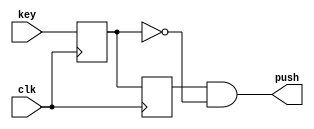
`timescale 1ns / 1ps

//============= PUSH KEY ===================

module push_key
(
    input clk,
    input key,
    output push
);

reg key_sync, key_prev;

always @(posedge clk)
begin
    key_sync <= key;
    key_prev <= key_sync;
end

assign push = key_prev & ~key_sync;

endmodule


//=============== LEDS ==================

module led2seq_simple
(
    input num,
    output seq
);

assign seq = num;

endmodule


module led2seq 
(
    input [7:0] num,
    output [7:0] seq
);

assign seq = num;

endmodule


// ================== 7SEGM ================
module num2seq 
(
    input [3:0] num,
    output [6:0] seq
);

assign seq =    num == 4'h0  ? 7'b1000000 :
                num == 4'h1  ? 7'b1111001 :
                num == 4'h2  ? 7'b0100100 :
                num == 4'h3  ? 7'b0110000 :
                num == 4'h4  ? 7'b0011001 :
                num == 4'h5  ? 7'b0010010 :
                num == 4'h6  ? 7'b0000010 :
                num == 4'h7  ? 7'b1111000 :
                num == 4'h8  ? 7'b0000000 :
                num == 4'h9  ? 7'b0010000 :
                num == 4'ha ? 7'b0001000 :
                num == 4'hb ? 7'b0000011 :
                num == 4'hc ? 7'b1000110 :
                num == 4'hd ? 7'b0100001 :
                num == 4'he ? 7'b0000110 : 7'b0001110;


endmodule



//============== BIT MOVIE ==================

module task5
(
    input         CLK,
    input  [3:0]  KEY, 
    input  [17:0] SW,
    output [17:0] LEDR,
    output [8:0]  LEDG,
	output [6:0]  HEX0,
	output [6:0]  HEX1,
	output [6:0]  HEX5,
   output [6:0]  HEX4,
   output [6:0]  HEX3,
   output [6:0]  HEX2

);

//=============== ADD LOGIC ================

//Key push logic
wire key_push0;
wire key_push1;

//tasknumber
wire [41:0] HEXS;

reg [23:0] tasknumber;

assign {HEX5[6:0], HEX4[6:0], HEX3[6:0], HEX2[6:0], HEX1[6:0], HEX0[6:0]} = HEXS[41:0]; 

reg overflow;


//============ INCLUDE MODULES ================

//Buttons
push_key push_key_in0(
    .clk(CLK),
    .key(KEY[0]),
    .push(key_push0)
);

push_key push_key_in1(
    .clk(CLK),
    .key(KEY[1]),
    .push(key_push1)
);

//LEDs
led2seq led2seq_in0(
    .num(tasknumber[7:0]),
    .seq(LEDR[7:0])
);

led2seq led2seq_in1(
    .num(tasknumber[15:8]),
    .seq(LEDR[16:9])
);

led2seq led2seq_in2(
    .num(tasknumber[23:16]),
    .seq(LEDG[7:0])
);

led2seq_simple led2seq_simple_in(
    .num(overflow),
    .seq(LEDG[8])
);


//=========== num2sixseq ===============

genvar Gi;

generate for (Gi=0; Gi<6; Gi=Gi+1) 
begin: loop1

num2seq  num2seq_in(
	 .num( tasknumber[(Gi+1)*4-1 : Gi*4] ),
	 .seq( HEXS[(Gi+1)*7-1 : Gi*7] )
);
    	 
end
endgenerate




//============== MAIN TASK =================

always @(posedge CLK)
begin

tasknumber[7:0] <= SW[7:0];
tasknumber[15:8] <= SW[16:9];

if (key_push0) begin

    {overflow, tasknumber[23:16]} <= 9'b0;

end
else if (key_push1) begin 
    
    {overflow, tasknumber[23:16]} <= {1'b0, tasknumber[15:8]} + {1'b0, tasknumber[7:0]};

end

end

endmodule